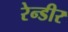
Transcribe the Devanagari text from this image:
रेन्डीर